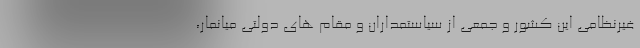
غیرنظامی این کشور و جمعی از سیاستمداران و مقام های دولتی میانمار،